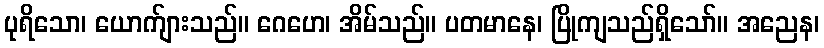
ပုရိသော၊ ယောက်ျားသည်။ ဂေဟေ၊ အိမ်သည်။ ပတမာနေ၊ ပြိုကျသည်ရှိသော်။ အညေန၊